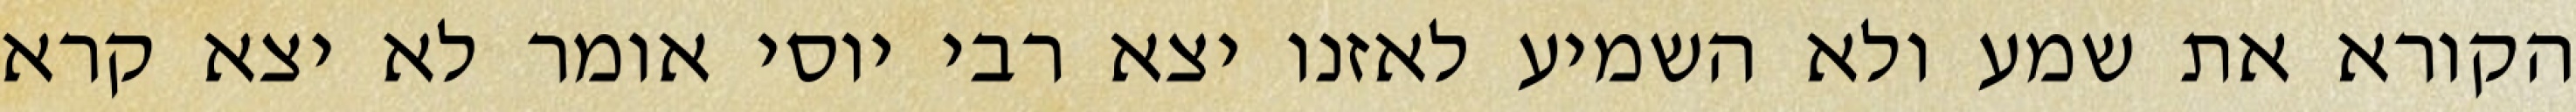
הקורא את שמע ולא השמיע לאזנו יצא רבי יוסי אומר לא יצא קרא